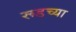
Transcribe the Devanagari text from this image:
रूडच्या